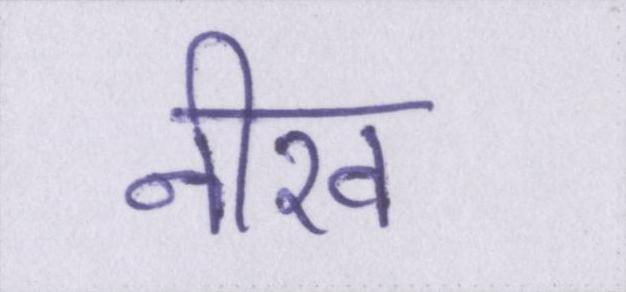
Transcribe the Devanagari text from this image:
नीरव